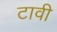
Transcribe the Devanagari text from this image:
टावी